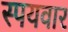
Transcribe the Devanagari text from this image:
स्पयवार